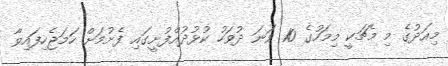
މިއަދުގެ މި މެޗަކީ މިމަހުގެ 10 ވަނަ ދުވަހު ކުޅުދުއްފުށީގައި ފެށުމަށް ހަމަޖެހިފައިވާ